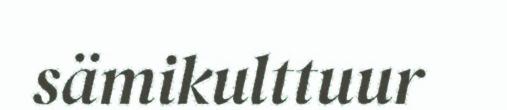
sämikulttuur